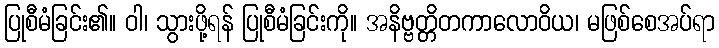
ပြုစီမံခြင်း၏။ ဝါ၊ သွားဖို့ရန် ပြုစီမံခြင်းကို။ အနိဗ္ဗတ္တိတကာလောဝိယ၊ မဖြစ်စေအပ်ရာ